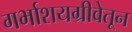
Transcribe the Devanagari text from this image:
गर्भाशयग्रीवेतून